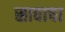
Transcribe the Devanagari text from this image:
स्रावाचा